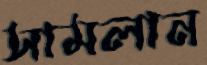
সামলান